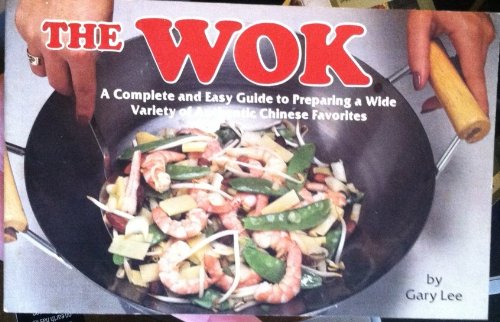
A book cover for The Wok: A Complete and Easy Guide to Preparing a Wide Variety of Authentic Chinese Favorites (Nitty Gritty Cookbooks); Gary Lee; Cookbooks, Food & Wine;